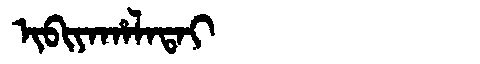
Manchu: ᡳᠪᡳᠶᠠᡥᠠᠯᠠᡨᠠᡳ
Romanization: IBIYAHALATAI